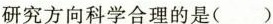
研究方向科学合理的是()